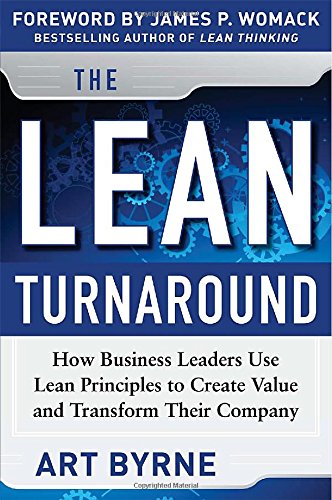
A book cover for The Lean Turnaround:  How Business Leaders  Use Lean Principles to Create Value and Transform Their Company; Art Byrne; Business & Money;